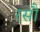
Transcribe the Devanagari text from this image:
रसौ